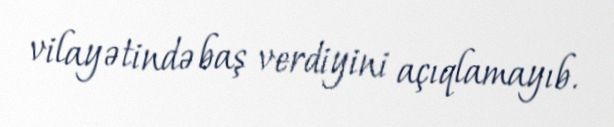
vilayətində baş verdiyini açıqlamayıb.